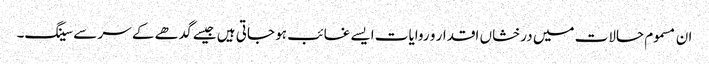
ان مسموم حالات میں درخشاں اقدار و روایات ایسے غائب ہو جاتی ہیں جیسے گدھے کے سر سے سینگ۔